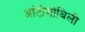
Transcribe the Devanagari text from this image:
ऑटोमोबिली